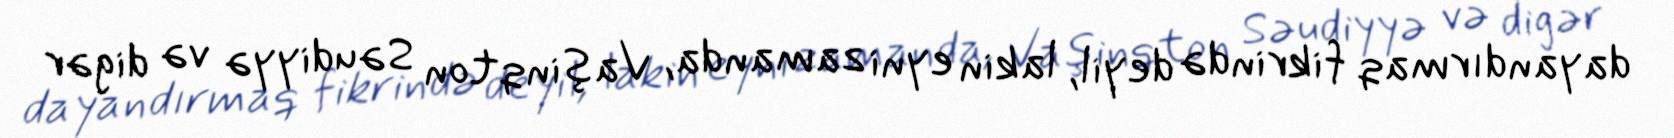
dayandırmaq fikrində deyil, lakin eyni zamanda, Vaşinqton Səudiyyə və digər